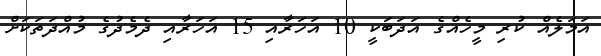
އަމަލެއް ކުރި މީހެއްގެ އަދަބަކީ 10 އަހަރާއި 15 އަހަރާއި ދެމެދުގެ މުއްދަތަކަށް